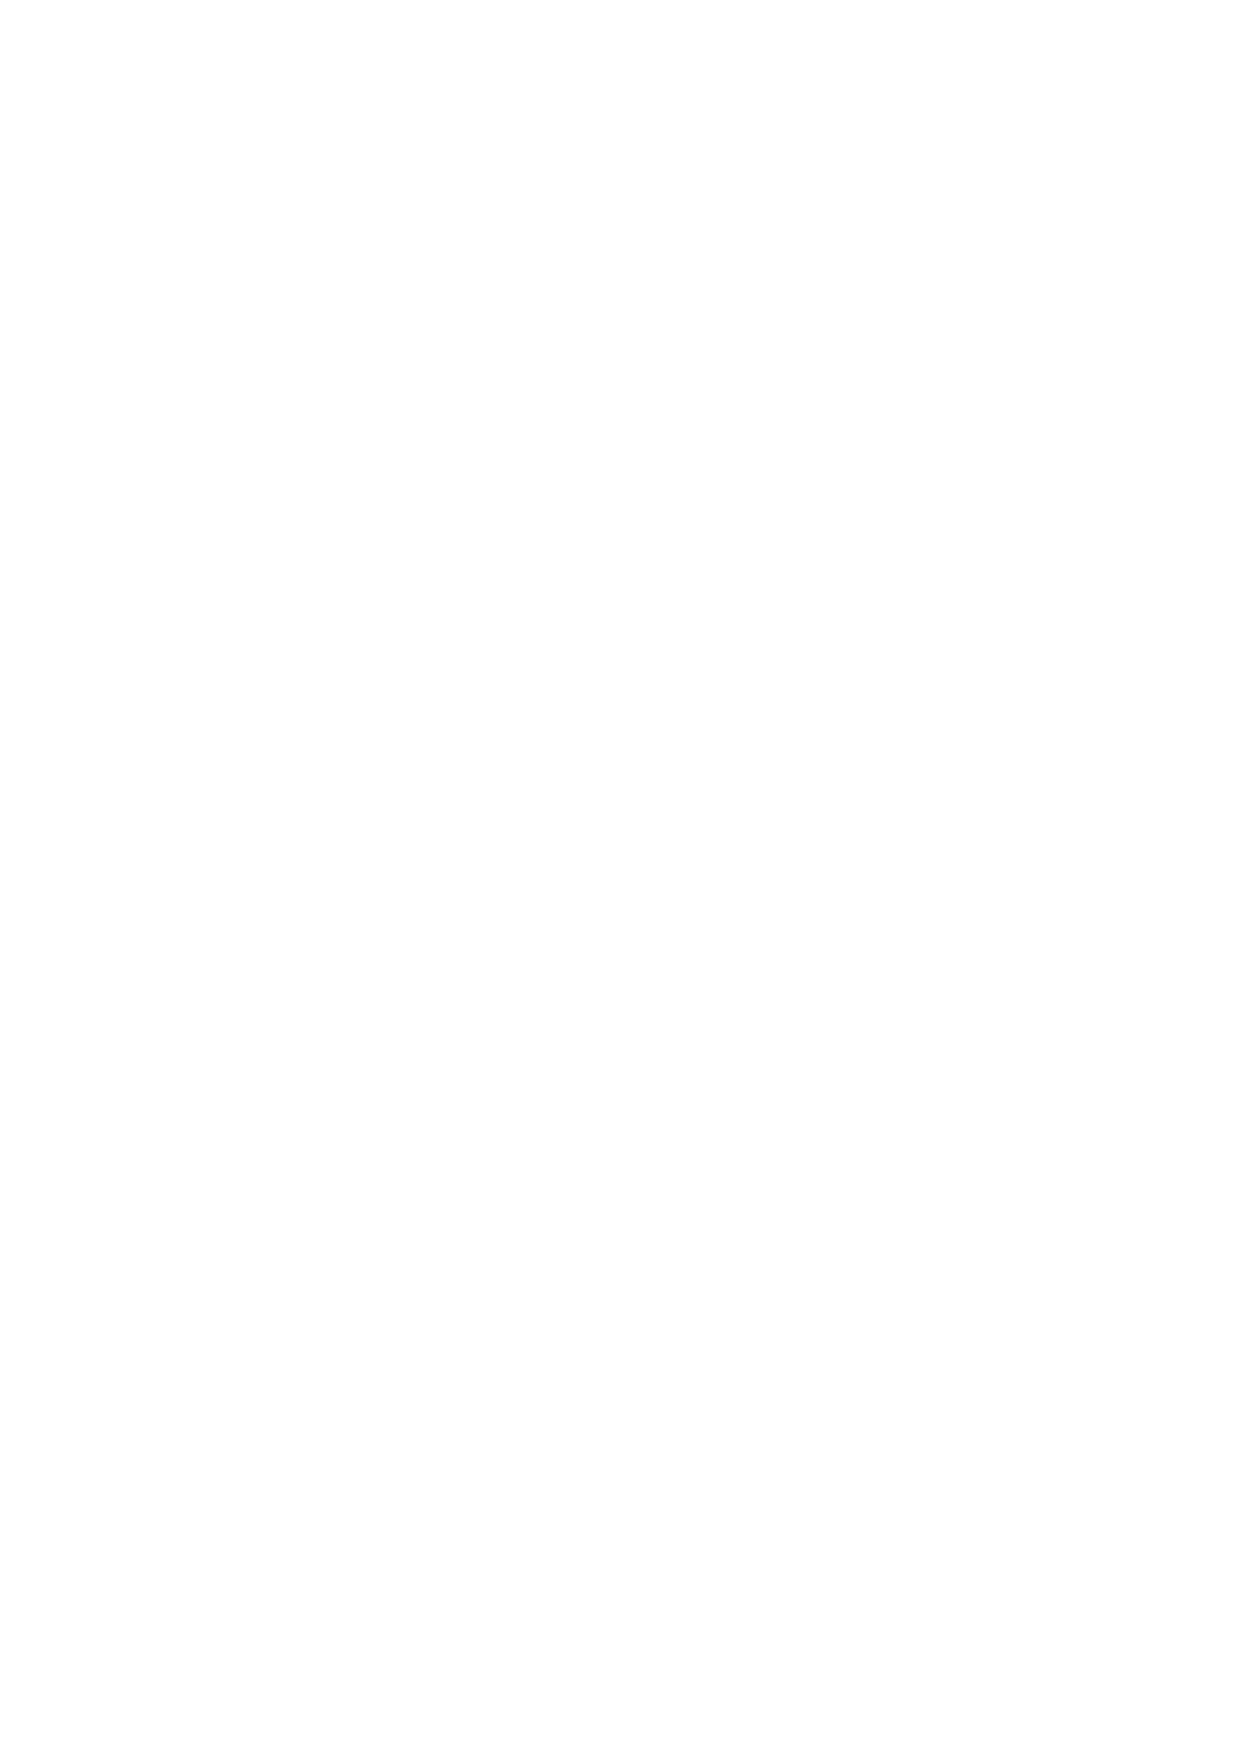
events, such as news releases and monetary policy change. During such times it is common practice for
 the Capital Markets to execute orders manually and widen spread and place less reliance on automated
 systems. This practice can affect online price providers and may slow down their service to customers,
 increase re-quotes, human errors due to the extra me required to analyse the event and determine the
 fair market price. This may cause significant delays in trade execution and order processing while rates
 are cross-referenced to ensure valid execution. PandaStocks relies more on automated system and
 execute trades automatically by our server to reduce delays, re-quotes and human errors and we
 maintain our fixed spread (except during very hectic market or holidays), therefore, protecting our
 clients stop-losses. Based on this, and to keep you informed of our policy in this regard, please be
 informed that PandaStocks reserves the right to cancel any trade that has been confirmed by our
 automated system during major news, figure releases or fast market that does not the price has been
 delayed due to inevitable latency issue, thus preventing traders abusing our automated system or fixed
 spread.
 5.12 In cases of any indiscretion in trading, overleveraging, misuse of orders where "scalping" or “sniping” or
 “hedging” may be involved, such transactions will not be taken into consideration and will be treated as
 prohibited activity and may even be removed from participants accounts. PandaStocks reserves the
 right to disqualify any participant or cancel the trades found in violation of the trading rules or applying
 inappropriate trading strategies. Scalping defined as trade that was opened and closed within a very
 short period of me. Sniping defined as when the client trades on a delayed or “Stuck prices” on
 PandaStocks platform. Hedging means client over exposing his account with an opposite trade to an
 existing trade with the same trade volume with PandaStocks or externally another company to abuse
 the credit bonus on the account. In such cases PandaStocks reserves the right to cancel trades, profit or
 losses and disable the account.
 6. Trading
 6.1 Clients should note that they are trading on the outcome of the price of a financial derivative, and will
 not be entitled to delivery of, or be required to deliver, the underlying product.
 6.2 This trading does not occur on an exchange. Rather the trading occurs off- exchange or over-the-counter
 ("OTC"). As a result, PandaStocks enter directly into a contract with you in respect of the financial
 instrument you wish to trade.
 6.3 PandaStocks reserves the right to discontinue an Islamic/SWAP free account by sending 24 hours’ notice.
 PandaStocks will invoke this right in case of suspicion of abuse, in which case PandaStocks may, at its
 sole discretion, and/or decide to close all open positions in the account and deduct or add swaps for all
 transactions currently previously made in the account and decline from accepting any further requests
 from the Client to be exempted from SWAP.
 6.4 The above provisions shall apply with respect to any constituent security of a securities basket or
 securities index and are also subject to any such adjustment being scaled back in proportion to the
 respective weighting of the affected security within the securities basket or securities index as we
 reasonably consider appropriate.
 9 v.1